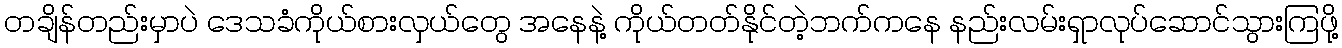
တချိန်တည်းမှာပဲ ဒေသခံကိုယ်စားလှယ်တွေ အနေနဲ့ ကိုယ်တတ်နိုင်တဲ့ဘက်ကနေ နည်းလမ်းရှာလုပ်ဆောင်သွားကြဖို့